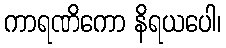
ကာရဏိကော နိရယပေါ၊